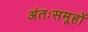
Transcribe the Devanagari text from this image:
अंतःसमूहों